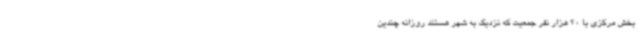
بخش مرکزی با 20 هزار نفر جمعیت که نزدیک به شهر هستند روزانه چندین